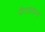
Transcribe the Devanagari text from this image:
पैरालाइज्ड